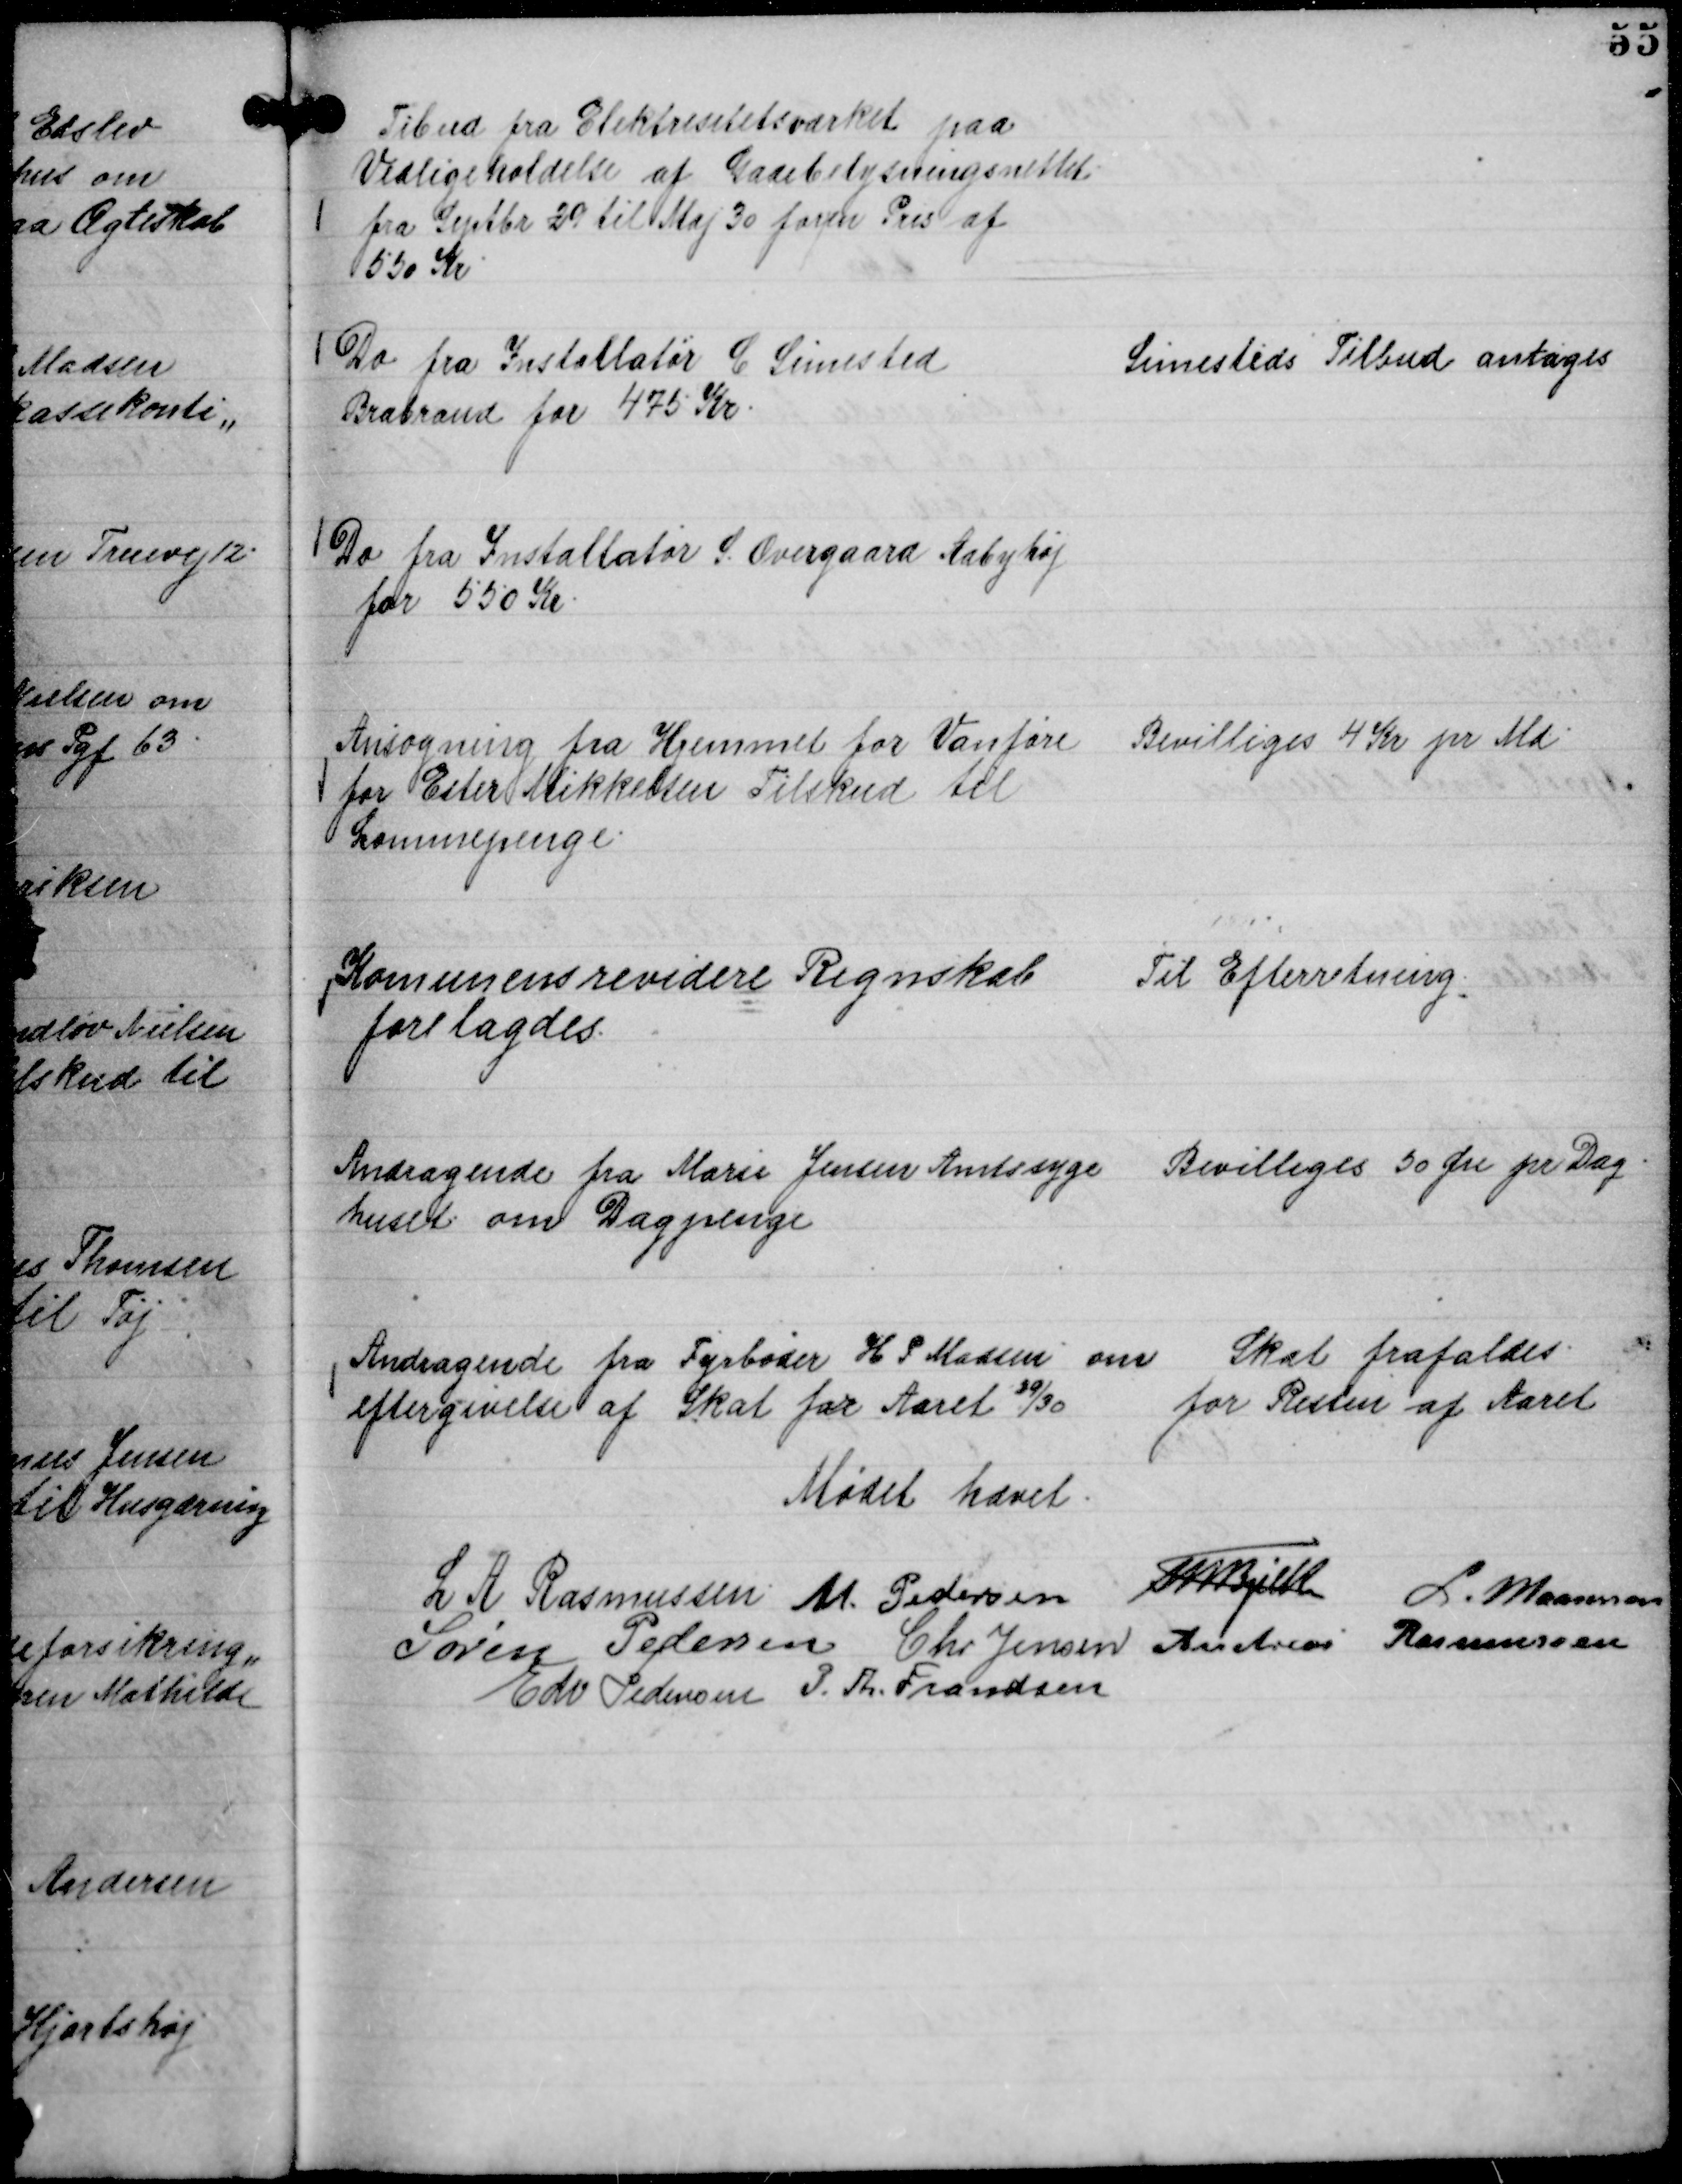
Transskription:
Tibud fra Elektrisitetsværket paa
Vedligeholdelse af Gadebelysningsnettet
fra Septbr 29 til Maj 30 for/en Pris af
550 Kr

Do fra Installatør C Simested
Brabrand for 475 Kr.

Simesteds Tilbud antages

Do fra Installatør S. Overgaard Aabyhøj
for 550 Kr.

Ansøgning fra Hjemmet for Vanføre
for Ester Mikkelsen Tilskud til
Lommepenge.

Bevilliges 4 Kr pr Md

Komunens revidere Regnskab
forelagdes.

Til Efterretning.

Andragende fra Marie Jensen Amtssyge
huset om Dagpenge

Bevilliges 50 Øre pr Dag.

Andragende fra Fyrbøder H P Madsen om
eftergivelse af Skat for Aaret 

29/30

Skat frafaldes
for Resten af Aaret

Mødet hævet.
L A Rasmussen
M. Pedersen
Th Bjelke
L. Maansson
Søren Pedersen
Chr Jensen
Andreas Rasmussen
Edv Pedersen
P. Th. Frandsen